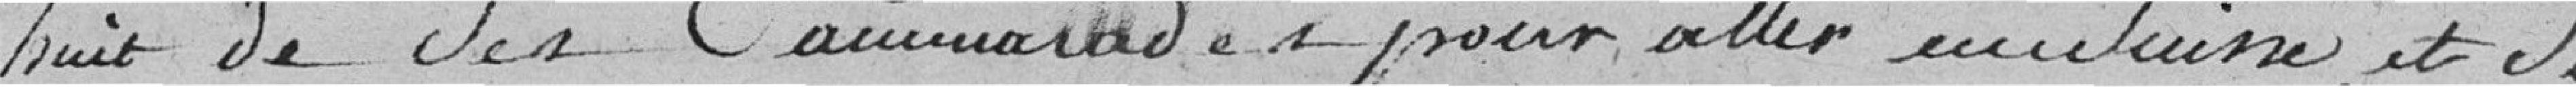
huit de ses camarades pour aller en Suisse et si